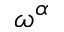
\omega ^ { \alpha }